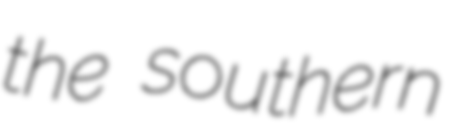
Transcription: the southern